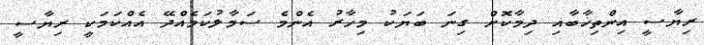
ރިޔާސީ އިންތިޚާބާއި ދިމާކޮށް ގިނަ ބަޔަކު މިހާރު އެންމެ ސަމާލުކަމެއްދޭ އެއްކަމަކީ ރިޔާސީ